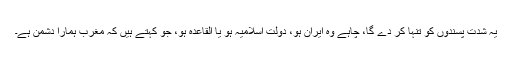
یہ شدت پسندوں کو تنہا کر دے گا، چاہے وہ ایران ہو، دولتِ اسلامیہ ہو یا القاعدہ ہو، جو کہتے ہیں کہ مغرب ہمارا دشمن ہے۔